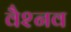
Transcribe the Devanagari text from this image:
वैश्नव